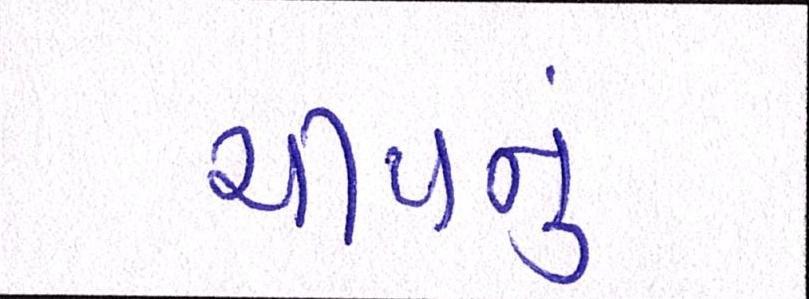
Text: ચીપનું